Civil Veterinary Department Bihar & Orissa reports 1929-36 - 1929-1936
Year: 1929
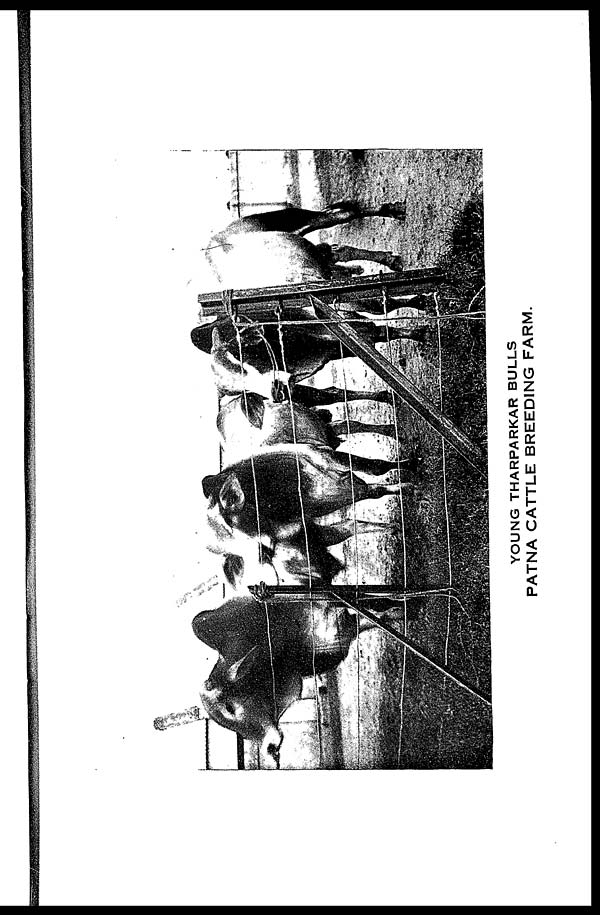
YOUNG THARPARKAR BULLS
PATNA CATTLE BREEDING FARM.